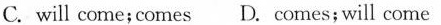
C. will come; comes D. comes;will come